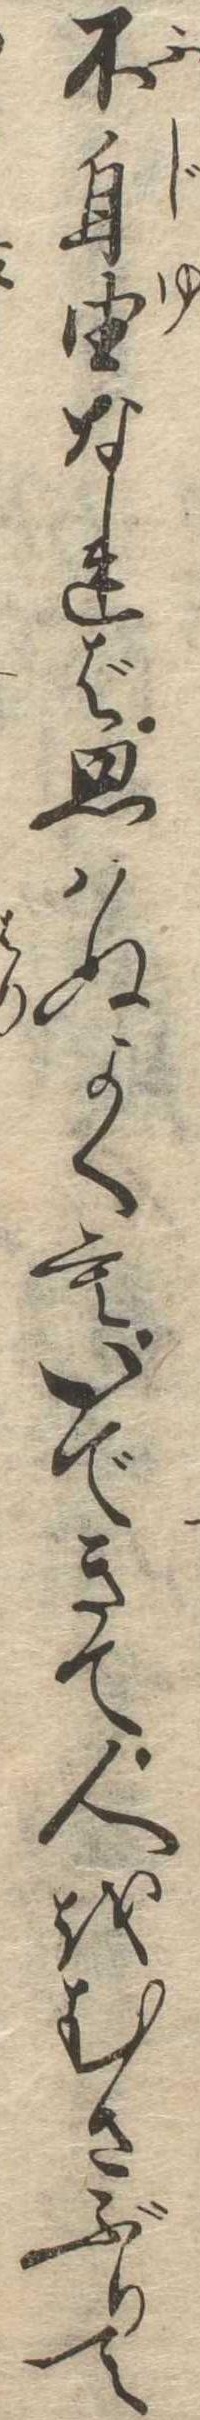
不自由なれば思はぬよくもいできて人をむさぶりて